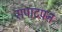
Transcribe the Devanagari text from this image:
सपाटपन